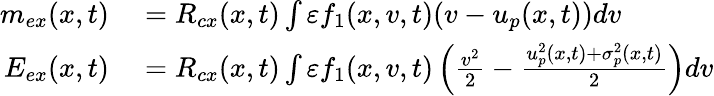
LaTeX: \begin{array}{rl}{m_{ex}(x,t)}&{{}=R_{cx}(x,t)\int\varepsilon f_{1}(x,v,t)(v-u_{p}(x,t))dv}\\ {E_{ex}(x,t)}&{{}=R_{cx}(x,t)\int\varepsilon f_{1}(x,v,t)\left(\frac{v^{2}}{2}-\frac{u_{p}^{2}(x,t)+\sigma_{p}^{2}(x,t)}{2}\right)dv}\end{array}